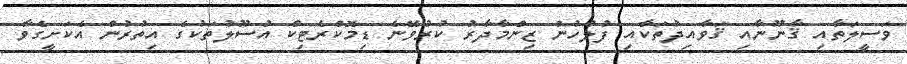
ވަސީލަތާއި ޤާނޫނާއި ޤަވާއިދުތަކާއި ފުލުހުން ޒިންމާދާރު ކުރުވޭނެ ޑިމޮކްރެޓިކް އުސޫލުތަކުގެ އިތުރުން އެކަށީގެވާ